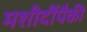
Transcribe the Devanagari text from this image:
मशीदींपैकी